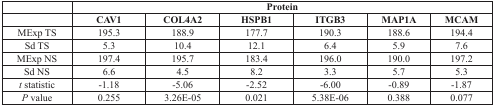
<table><thead><tr><td></td><td colspan="6"><b>Protein</b></td></tr><tr><td></td><td><b>CAV1</b></td><td><b>COL4A2</b></td><td><b>HSPB1</b></td><td><b>ITGB3</b></td><td><b>MAP1A</b></td><td><b>MCAM</b></td></tr></thead><tbody><tr><td>MExp TS</td><td>195.3</td><td>188.9</td><td>177.7</td><td>190.3</td><td>188.6</td><td>194.4</td></tr><tr><td>Sd TS</td><td>5.3</td><td>10.4</td><td>12.1</td><td>6.4</td><td>5.9</td><td>7.6</td></tr><tr><td>MExp NS</td><td>197.4</td><td>195.7</td><td>183.4</td><td>196.0</td><td>190.0</td><td>197.2</td></tr><tr><td>Sd NS</td><td>6.6</td><td>4.5</td><td>8.2</td><td>3.3</td><td>5.7</td><td>5.3</td></tr><tr><td><i>t</i> statistic</td><td>−1.18</td><td>−5.06</td><td>−2.52</td><td>−6.00</td><td>−0.89</td><td>−1.87</td></tr><tr><td><i>P</i> value</td><td>0.255</td><td>3.26E-05</td><td>0.021</td><td>5.38E-06</td><td>0.388</td><td>0.077</td></tr></tbody></table>